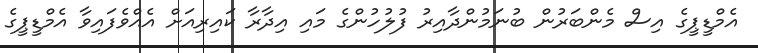
އެމްޑީޕީގެ އިސް މެންބަރުން ބުނަމުންދާއިރު ފުލުހުންގެ މައި އިދާރާ ކައިރިއަށް އެއްވެފައިވާ އެމްޑީޕީގެ